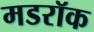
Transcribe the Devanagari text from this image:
मडरॉक